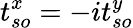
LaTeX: t_{so}^{x}=-it_{so}^{y}